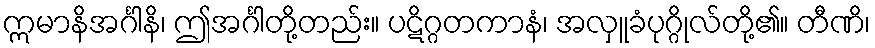
ဣမာနိအင်္ဂါနိ၊ ဤအင်္ဂါတို့တည်း။ ပဋိဂ္ဂတကာနံ၊ အလှူခံပုဂ္ဂိုလ်တို့၏။ တီဏိ၊